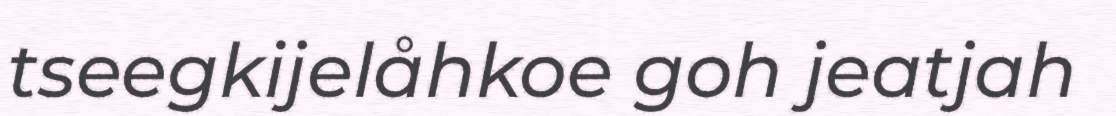
tseegkijelåhkoe goh jeatjah